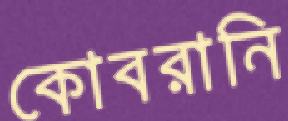
কোবরানি